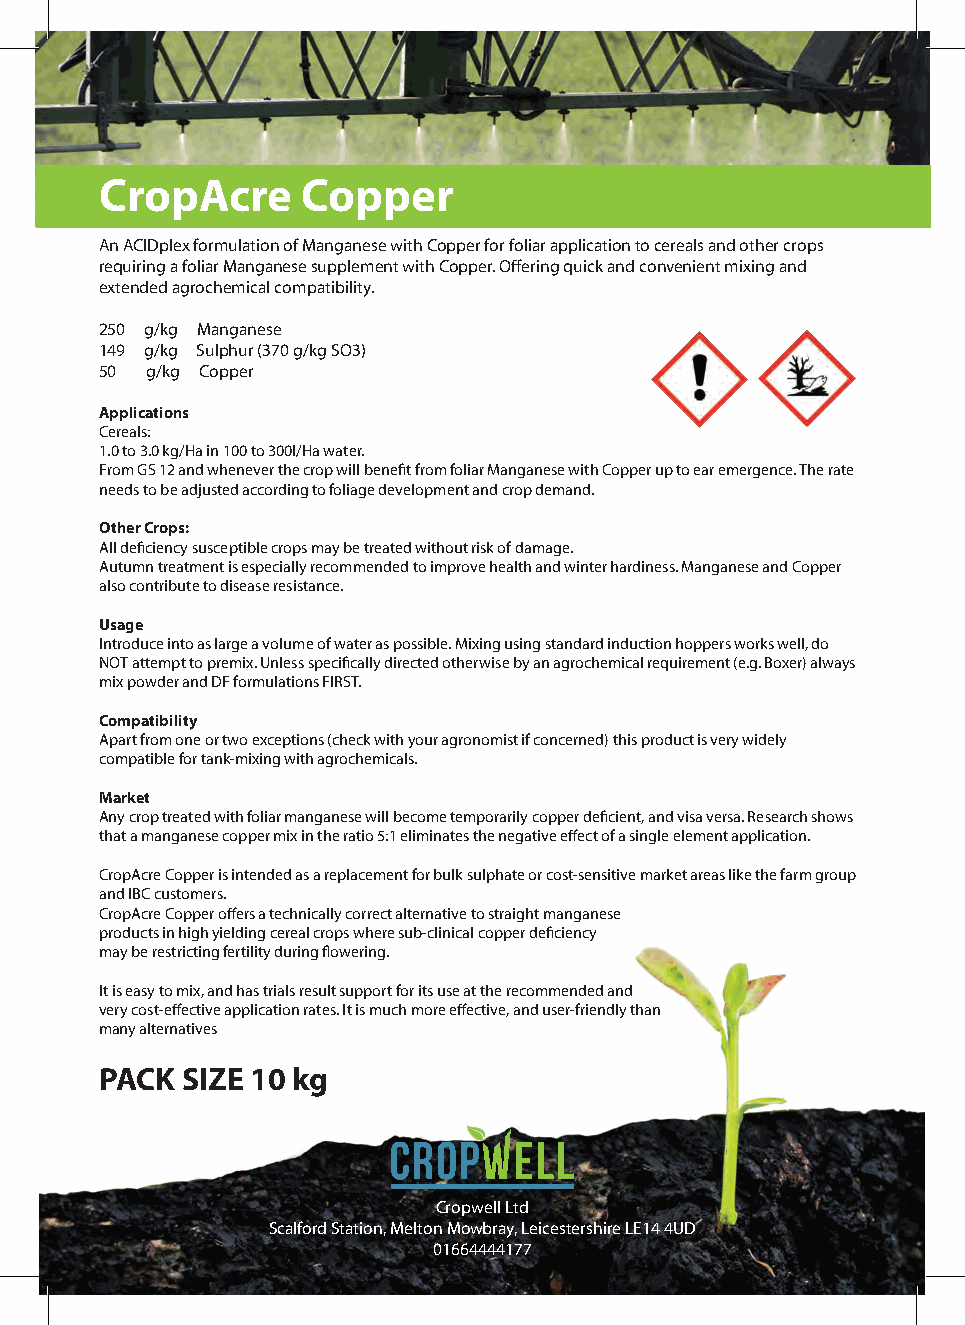
CropAcre      Copper
 An ACIDplex formulation of Manganese with Copper for foliar application to cereals and other crops
 requiring a foliar Manganese supplement with Copper. Offering quick and convenient mixing and
 extended agrochemical compatibility.
 250 g/kg Manganese
 149 g/kg Sulphur (370 g/kg SO3)
 50 g/kg Copper
 Applications
 Cereals:
 1.0 to 3.0 kg/Ha in 100 to 300l/Ha water.
 From GS 12 and whenever the crop will benefit from foliar Manganese with Copper up to ear emergence. The rate
 needs to be adjusted according to foliage development and crop demand.
 Other Crops:
 All deficiency susceptible crops may be treated without risk of damage.
 Autumn treatment is especially recommended to improve health and winter hardiness. Manganese and Copper
 also contribute to disease resistance.
 Usage
 Introduce into as large a volume of water as possible. Mixing using standard induction hoppers works well, do
 NOT attempt to premix. Unless specifically directed otherwise by an agrochemical requirement (e.g. Boxer) always
 mix powder and DF formulations FIRST.
 Compatibility
 Apart from one or two exceptions (check with your agronomist if concerned) this product is very widely
 compatible for tank-mixing with agrochemicals.
 Market
 Any crop treated with foliar manganese will become temporarily copper deficient, and visa versa. Research shows
 that a manganese copper mix in the ratio 5:1 eliminates the negative effect of a single element application.
 CropAcre Copper is intended as a replacement for bulk sulphate or cost-sensitive market areas like the farm group
 and IBC customers.
 CropAcre Copper offers a technically correct alternative to straight manganese
 products in high yielding cereal crops where sub-clinical copper deficiency
 may be restricting fertility during flowering.
 It is easy to mix, and has trials result support for its use at the recommended and
 very cost-effective application rates. It is much more effective, and user-friendly than
 many alternatives
 PACK  SIZE 10 kg
 Cropwell Ltd
 Scalford Station, Melton Mowbray, Leicestershire LE14 4UD
 01664444177